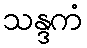
သန္ဒကံ